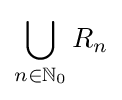
\bigcup _{n\in \mathbb {N} _{0}}R_{n}